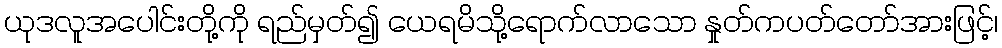
ယုဒလူအပေါင်းတို့ကို ရည်မှတ်၍ ယေရမိသို့ရောက်လာသော နှုတ်ကပတ်တော်အားဖြင့်၊